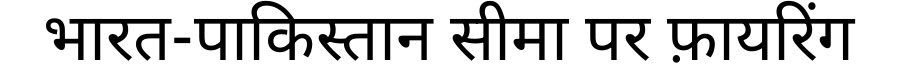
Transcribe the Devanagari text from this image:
भारत-पाकिस्तान सीमा पर फ़ायरिंग